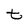
Character: t